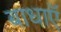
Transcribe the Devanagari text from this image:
बाधाऍ